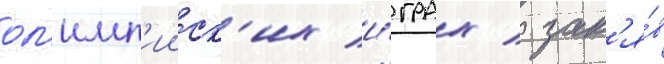
ол'имп'ииск'их и́грах / зан'я́в